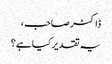
ڈاکٹر صاحب ،
یہ تقدیر کیا ہے؟